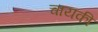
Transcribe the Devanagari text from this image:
चायकी